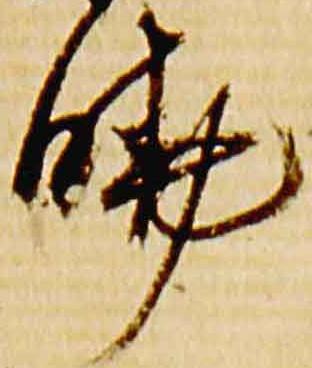
暁